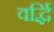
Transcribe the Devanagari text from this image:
वर्द्धि